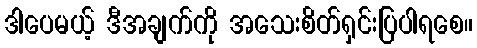
ဒါပေမယ့် ဒီအချက်ကို အသေးစိတ်ရှင်းပြပါရစေ။